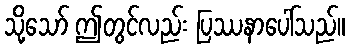
သို့သော် ဤတွင်လည်း ပြဿနာပေါ်သည်။